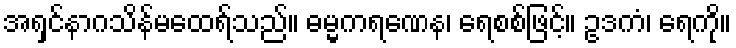
အရှင်နာဂသိန်မထေရ်သည်။ ဓမ္မကရဏေန၊ ရေစစ်ဖြင့်။ ဥဒကံ၊ ရေကို။